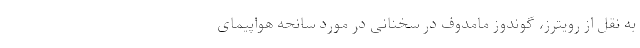
به نقل از رویترز، گوندوز مامدوف در سخنانی در مورد سانحه هواپیمای